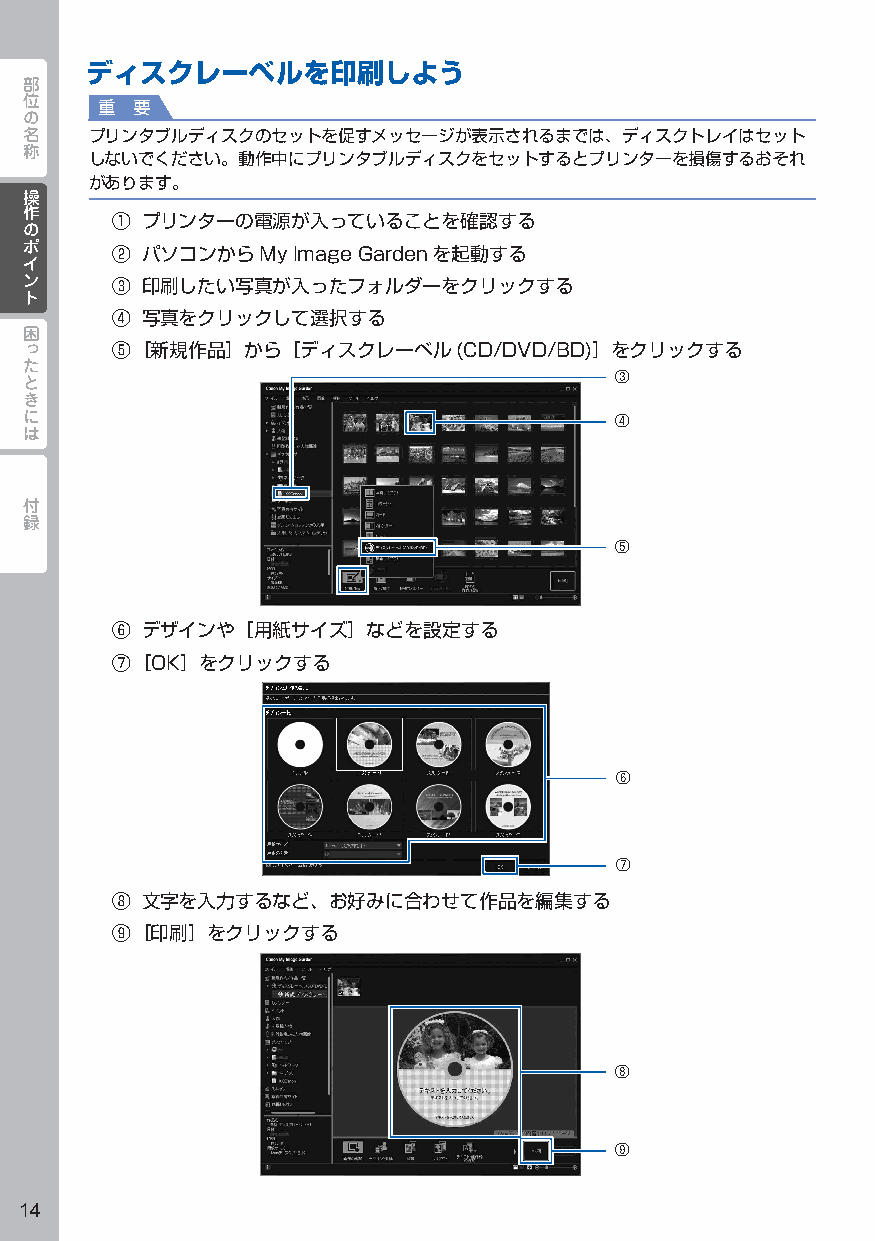
ディスクレーベルを印刷しよう
 部
 位
 重  要
 の
 名    プリンタブルディスクのセットを促すメッセージが表示されるまでは、ディスクトレイはセット
 称
 しないでください。動作中にプリンタブルディスクをセットするとプリンターを損傷するおそれ
 があります。
 操操
 作作
 ① プリンターの電源が入っていることを確認する
 のの
 ポポ
 ② パソコンからMy  Image Gardenを起動する
 イイ
 ンン
 ③ 印刷したい写真が入ったフォルダーをクリックする
 トト
 ④ 写真をクリックして選択する
 困
 っ     ⑤ ［新規作品］から［ディスクレーベル(CD/DVD/BD)］をクリックする
 た
 と                                       ③
 き
 に
 ④
 は
 付
 録
 ⑤
 ⑥ デザインや［用紙サイズ］などを設定する
 ⑦ ［OK］をクリックする
 ⑥
 ⑦
 ⑧ 文字を入力するなど、お好みに合わせて作品を編集する
 ⑨ ［印刷］をクリックする
 ⑧
 ⑨
 14